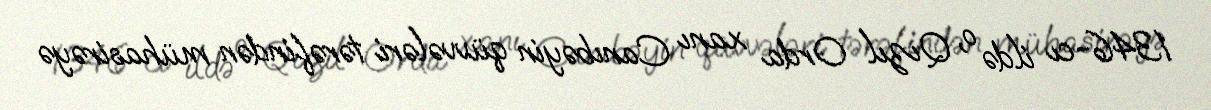
1346-cı ildə o, Qızıl Orda xanı Canıbəyin qüvvələri tərəfindən mühasirəyə